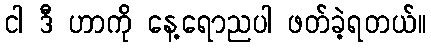
ငါ ဒီ ဟာကို နေ့ရောညပါ ဖတ်ခဲ့ရတယ်။